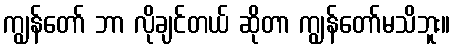
ကျွန်တော် ဘာ လိုချင်တယ် ဆိုတာ ကျွန်တော်မသိဘူး။